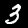
Digit: 3